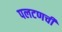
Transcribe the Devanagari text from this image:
पलटणची